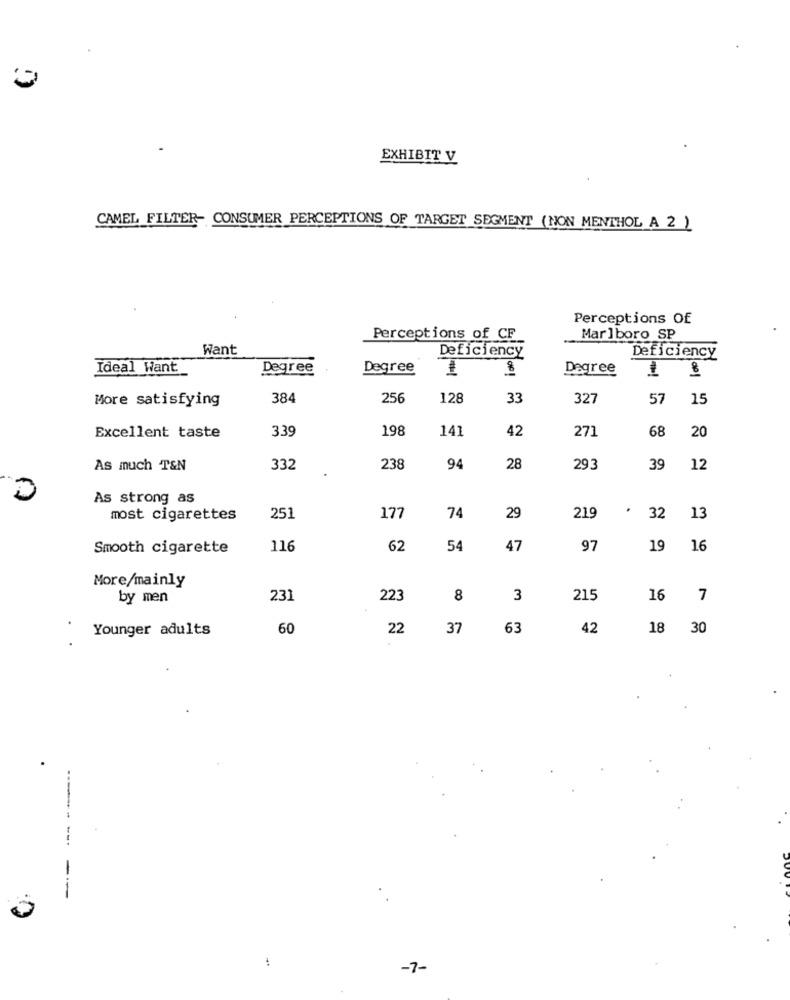
EXHIBIT V
CAMEL FILTER- CONSUMER PERCEPTIONS OF TARGET SEGMENT (NON MENTHOL A 2 )
Perceptions Of
Perceptions of CF
Marlboro SP
Want
Deficiency
Deficiency
Ideal Want
Degree
Degree
8
Degree
More satisfying
384
256
128
33
32
57
15
Excellent taste
3.39
198
141
42
68
20
271
As much T&N
332
238
94
28
293
39
12
As strong as
74
29
most cigarettes
251
177
219
32
13
Smooth cigarette
116
62
54
47
97
19 16
More/mainly
by men
231
223
8
3
215
16
7
Younger adults
60
22
37
63
42
18 30
----- -
-7-